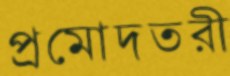
প্রমোদতরী